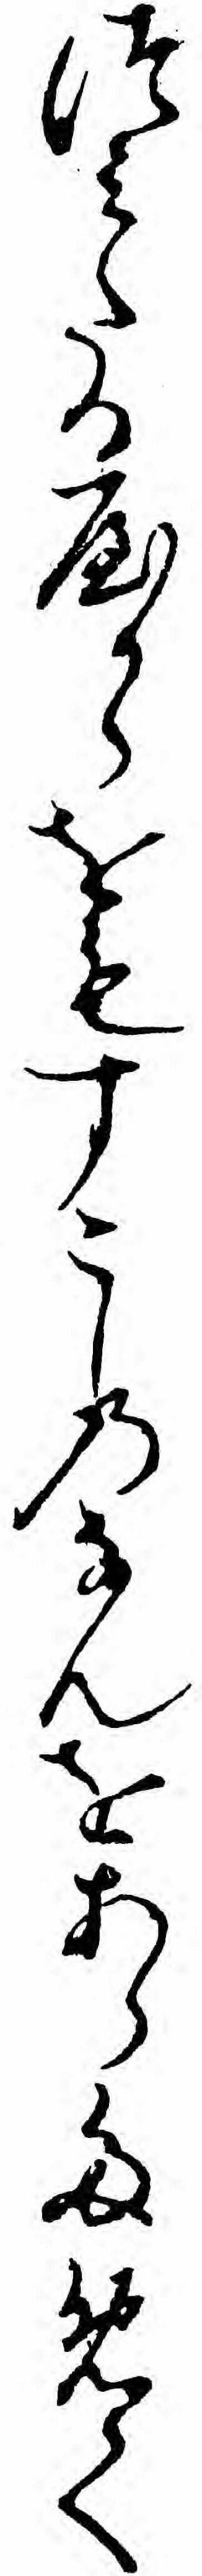
つミたるやからをもすこしのなんをあらためて